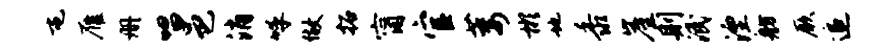
屯雁册唱邑消呼做拓甯官萎彬地黍崖则泯湮舫厥追